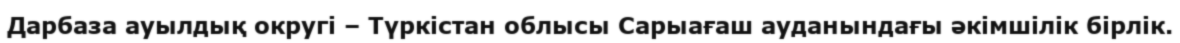
Дарбаза ауылдық округі – Түркістан облысы Сарыағаш ауданындағы әкімшілік бірлік.